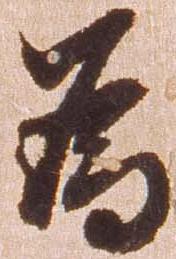
為